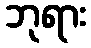
ဘုရား